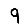
Digit: 9